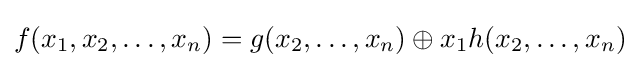
f(x_{1},x_{2},\ldots ,x_{n})=g(x_{2},\ldots ,x_{n})\oplus x_{1}h(x_{2},\ldots ,x_{n})